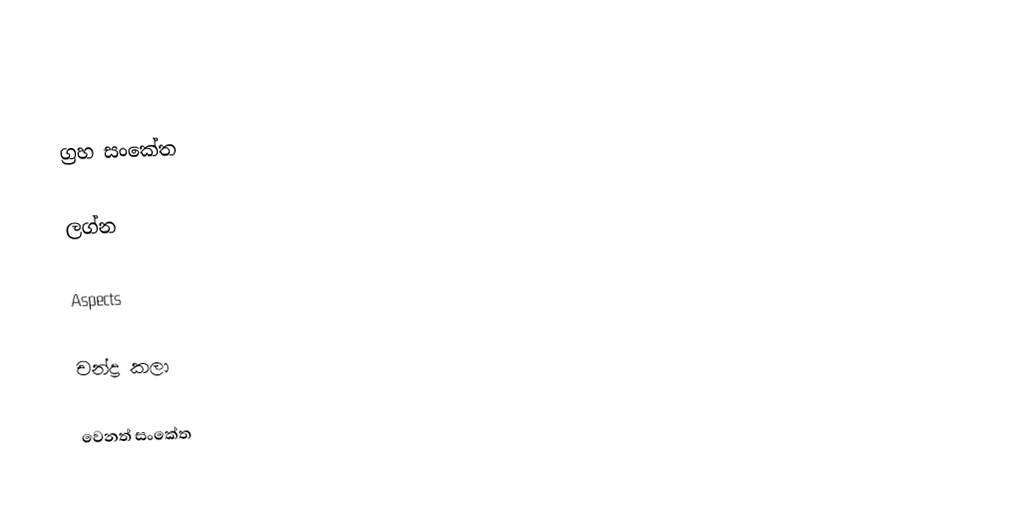

ග්‍රහ සංකේත

ලග්න

Aspects

චන්ද්‍ර කලා

වෙනත් සංකේත